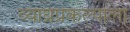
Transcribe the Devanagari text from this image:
व्याघ्रप्रकल्पाला